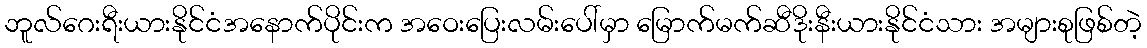
ဘူလ်ဂေးရီးယားနိုင်ငံအနောက်ပိုင်းက အဝေးပြေးလမ်းပေါ်မှာ မြောက်မက်ဆီဒိုးနီးယားနိုင်ငံသား အများစုဖြစ်တဲ့